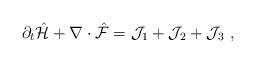
LaTeX: \begin{align*} \partial_t \hat{\mathcal{H}} + \nabla \cdot \hat{\mathcal{F}} = \mathcal{J}_1 + \mathcal{J}_2 + \mathcal{J}_3 \ ,\end{align*}